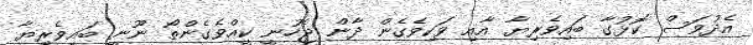
އެދުވަސް ކޮޅުގާ ބައިވެރިޔާ އާއި ވަކިވެގެން ދާން ޖެހުނީ ކީއްވެގެންތޯ ނޫނީ ބައިވެރިޔާ